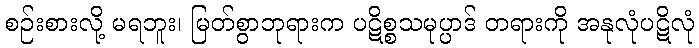
စဉ်းစားလို့ မရဘူး၊ မြတ်စွာဘုရားက ပဋိစ္စသမုပ္ပာဒ် တရားကို အနုလုံပဋိလုံ